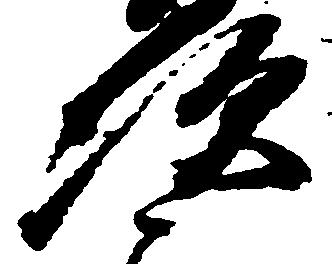
次